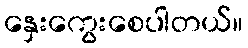
နှေးကွေးစေပါတယ်။